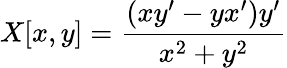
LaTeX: X[x,y]={\frac{(xy^{\prime}-yx^{\prime})y^{\prime}}{x^{2}+y^{2}}}